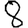
Digit: 8